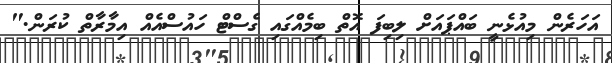
އަހަރެން މިއުޅެނީ ބައްޕައަށް ލިބިފަ އޮތް ބިމެއްގައި ގެސްޓް ހައުސްއެއް އިމާރާތް ކުރަން."